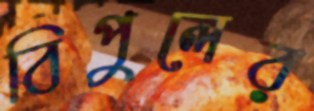
বিপুলের